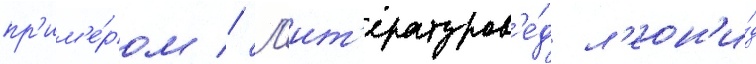
пр'им'е́ром // Л'ит'ературов'е́д л'еон'и́д